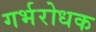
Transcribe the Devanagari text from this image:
गर्भरोधक